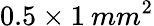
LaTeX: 0.5\times 1\: mm^{2}